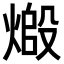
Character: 𬊷